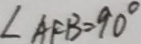
\angle A F B = 9 0 ^ { \circ }